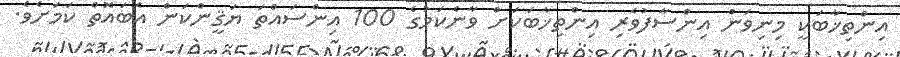
އިންތިޚާބަކީ މިނިވަން އިންސާފުވެރި އިންތިޚާބަކަށް ވާނެކަމުގެ 100 އިންސައްތަ ޔަޤީންކަން އެބައޮތް ކަމަށެވެ.